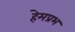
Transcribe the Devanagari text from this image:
हेमप्रभ